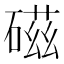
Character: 𥔵